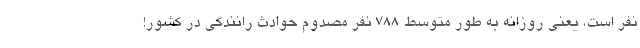
نفر است، یعنی روزانه به طور متوسط ۷۸۸ نفر مصدوم حوادث رانندگی در کشور!